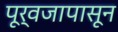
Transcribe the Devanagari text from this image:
पूर्वजापासून